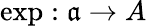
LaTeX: \exp:{\mathfrak{a}}\to A